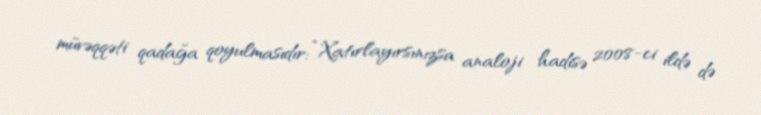
müvəqqəti qadağa qoyulmasıdır: “Xatırlayırsınızsa analoji hadisə 2008-ci ildə də